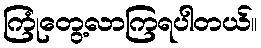
ကြုံတွေ့လာကြရပါတယ်။